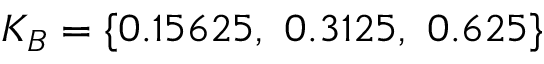
K _ { B } = \{ 0 . 1 5 6 2 5 , \ 0 . 3 1 2 5 , \ 0 . 6 2 5 \}